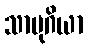
သာမုဂိယာ